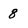
Character: 8